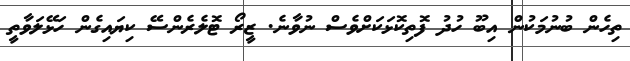
ތިހެން ބުނުމަކުން އިބޫ ހުދު ފޮތިކޮޅަކަށްވެސް ނުވާނެ. ޒީރޯ ޓޮލެރެންސޭ ކިޔައިގެން ހަޅޭލަވާތީ